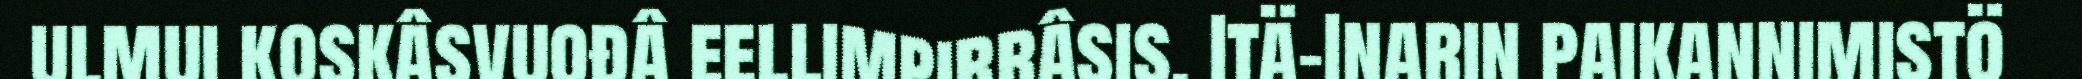
ulmui koskâsvuođâ eellimpirrâsis. Itä-Inarin paikannimistö